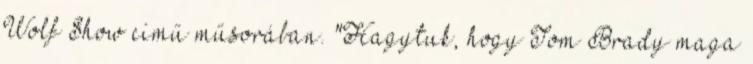
Wolf Show című műsorában. "Hagytuk, hogy Tom Brady maga